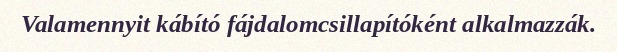
Valamennyit kábító fájdalomcsillapítóként alkalmazzák.